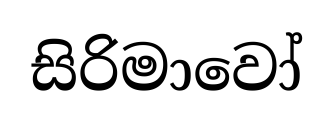
සිරිමාවෝ